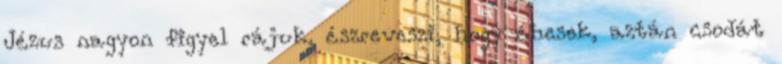
Jézus nagyon figyel rájuk, észreveszi, hogy éhesek, aztán csodát